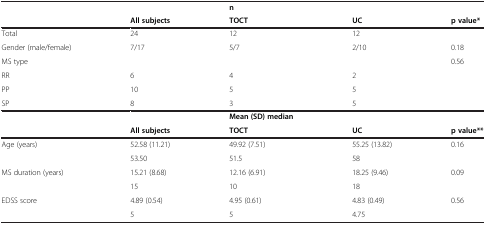
|  |  | n |  |  |
 |  | All subjects | TOCT | UC | p value* |
 | --- | --- | --- | --- | --- |
 | Total | 24 | 12 | 12 |  |
 | Gender (male/female) | 7/17 | 5/7 | 2/10 | 0.18 |
 | MS type |  |  |  | 0.56 |
 | RR | 6 | 4 | 2 |  |
 | PP | 10 | 5 | 5 |  |
 | SP | 8 | 3 | 5 |  |
 |  |  | Mean (SD) median |  |  |
 |  | All subjects | TOCT | UC | p value** |
 | <ROWSPAN=2> Age (years) | 52.58 (11.21) | 49.92 (7.51) | 55.25 (13.82) | 0.16 |
 | 53.50 | 51.5 | 58 |  |
 | <ROWSPAN=2> MS duration (years) | 15.21 (8.68) | 12.16 (6.91) | 18.25 (9.46) | 0.09 |
 | 15 | 10 | 18 |  |
 | <ROWSPAN=2> EDSS score | 4.89 (0.54) | 4.95 (0.61) | 4.83 (0.49) | 0.56 |
 | 5 | 5 | 4.75 |  |